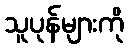
သူပုန်များကို